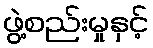
ဖွဲ့စည်းမှုနှင့်